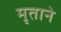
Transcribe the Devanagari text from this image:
मृताने